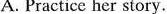
A. Practice her story.